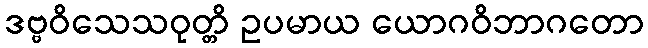
ဒဗ္ဗဝိသေသဝုတ္တိ ဥပမာယ ယောဂဝိဘာဂတော